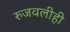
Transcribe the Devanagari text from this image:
रुजवलीही